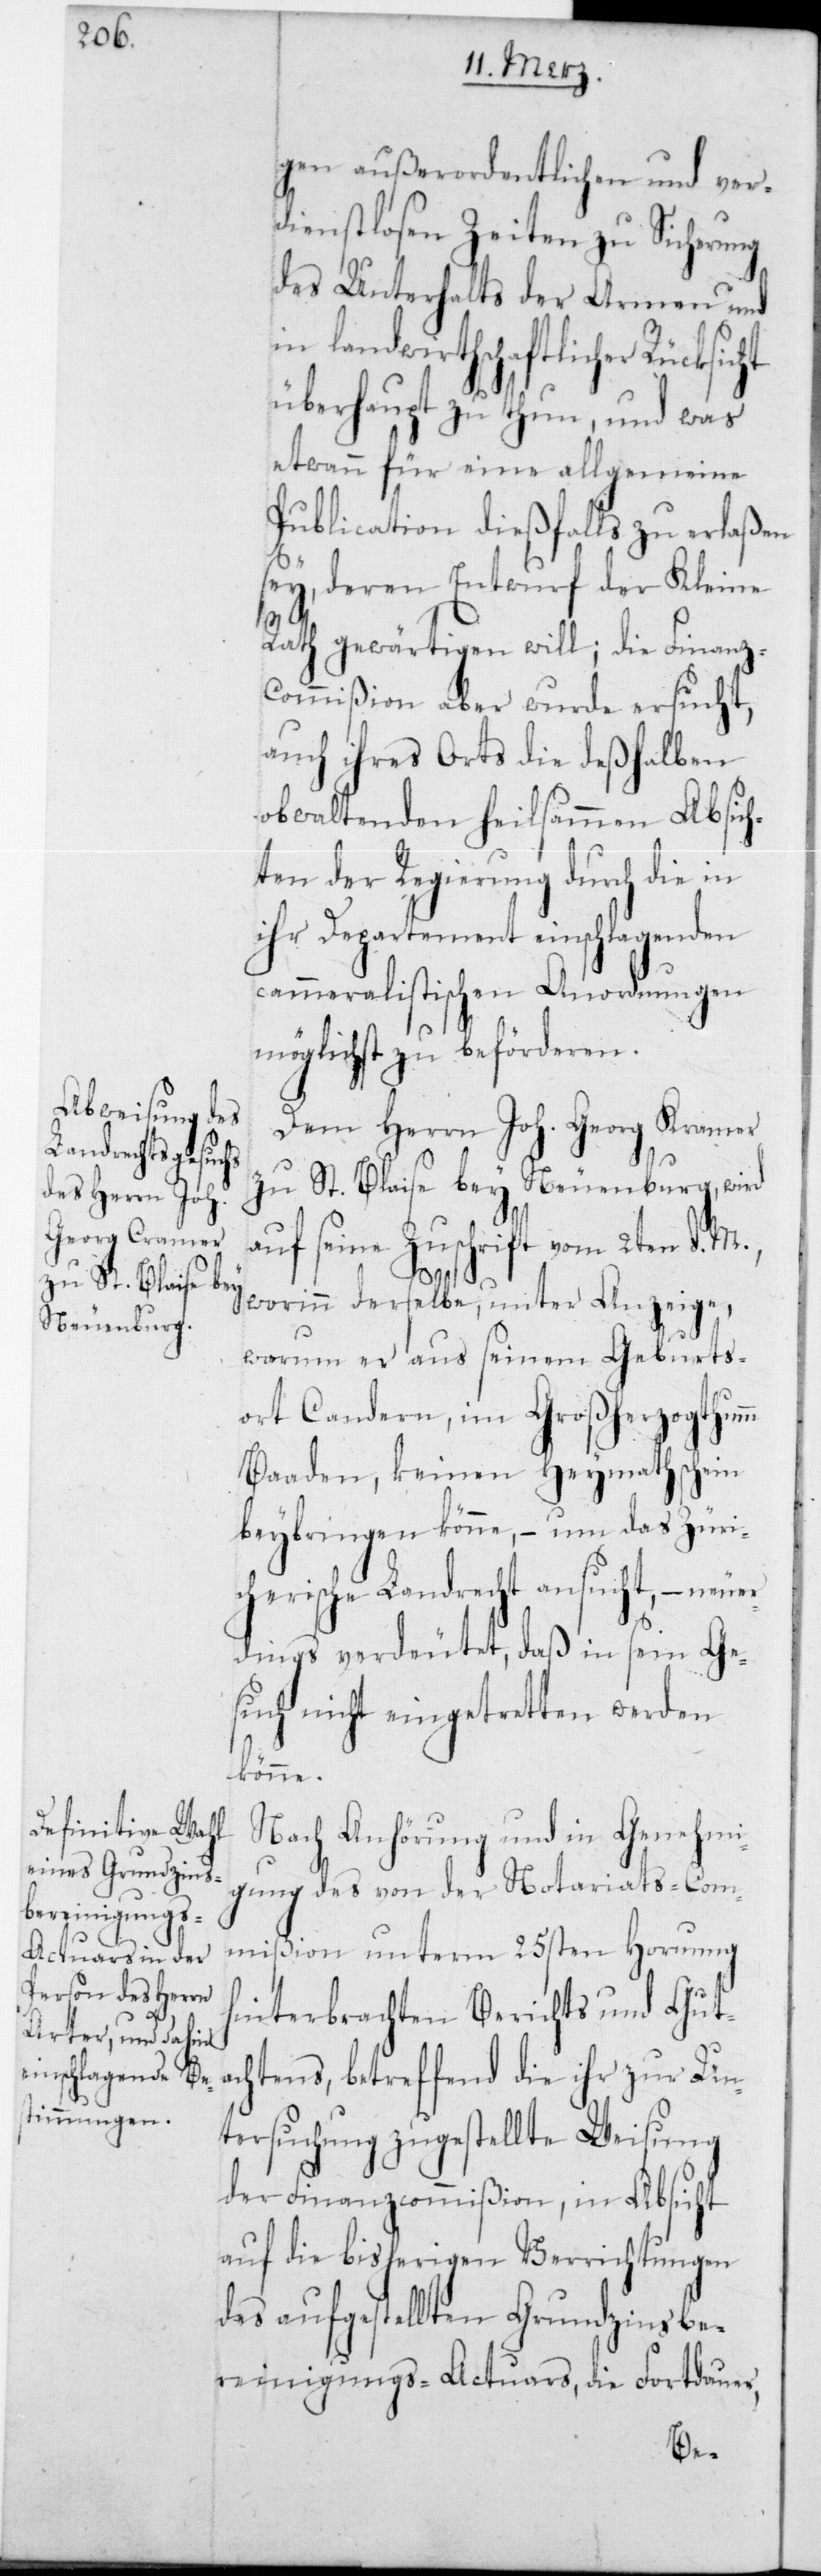
gen außerordentlichen und ver¬
dienstlosen Zeiten zu Sicherung
des Unterhalts der Armen und
in landwirthschaftlicher Rücksicht
überhaupt zu thun, und was
etwann für eine allgemeine
Publication dießfalls zu erlaßen
sey, deren Entwurf der Kleine
Rath gewärtigen will; die Finanz-C¬
ommißion aber wurde ersucht,
auch ihres Orts die deßhalben
obwaltenden heilsammen Absich¬
ten der Regierung durch die in
ihr Departement einschlagenden
cammeralistischen Anordnungen
möglichst zu beförderen.
Dem Herrn Joh. Georg Kramer
zu St. Blaise bey Neuenburg, wird
auf seine Zuschrift vom 2ten d .M.,
worinn derselbe, unter Anzeige,
warum er aus seinem Geburts¬
ort Candern, im Großherzogthum
Baaden, keinen Heymathschein
beybringen könne, – um das Züri¬
cherische Landrecht ansucht, – neue¬
rdings verdeutet, daß in sein Ge¬
such nicht eingetreten werden
Nach Anhörung und in Genehmi¬
gung des von der Notariats-Com¬
mißion unterm 25sten Hornung
hinterbrachten Berichts und Gut¬
achtens, betreffend die ihr zur Un¬
tersuchung zugestellte Weisung
der Finanzcommißion, in Absicht
auf die bisherigen Verrichtungen
des aufgestellten Grundzinsbe¬
reinigungs-Actuars, die Fortdauer,